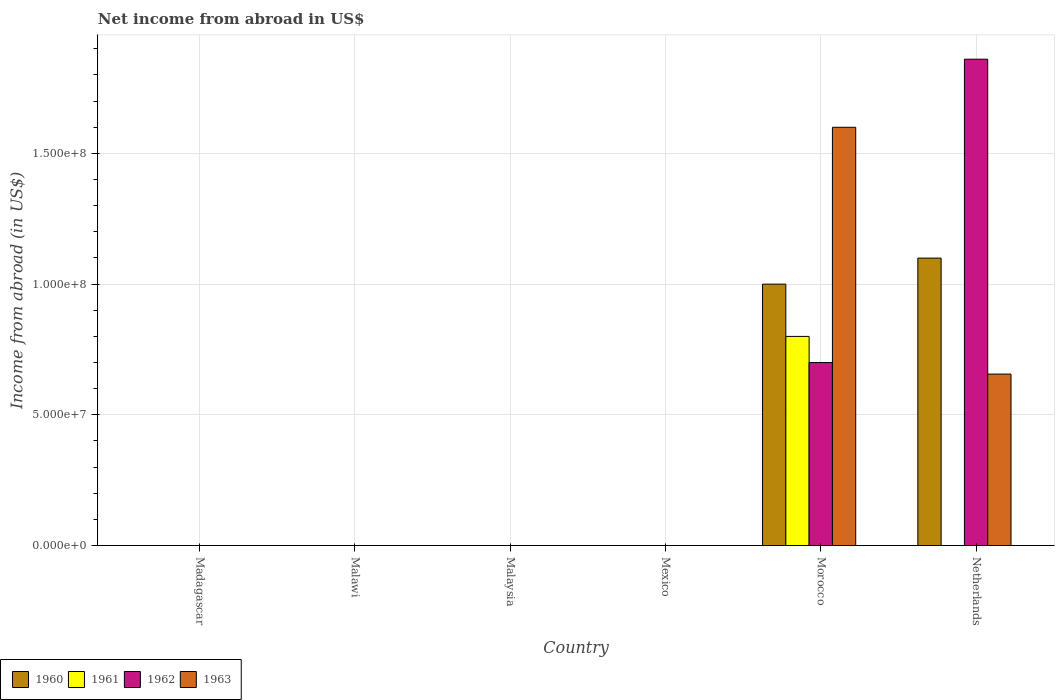
| Country | 1960 | 1961 | 1962 | 1963 |
 | --- | --- | --- | --- | --- |
 | Madagascar | -1.1e+09 | -1.14e+09 | -1.22e+09 | -1.24e+09 |
 | Malawi | -1.6e+06 | -2.2e+06 | -1.4e+06 | -1.6e+06 |
 | Malaysia | -2.5e+08 | -1.89e+08 | -1.42e+08 | -1.71e+08 |
 | Mexico | -4.67e+06 | -4.81e+06 | -4.82e+06 | -5.37e+06 |
 | Morocco | 1e+08 | 8e+07 | 7e+07 | 1.6e+08 |
 | Netherlands | 1.1e+08 | -5.23e+06 | 1.86e+08 | 6.56e+07 |